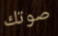
صوتك